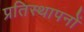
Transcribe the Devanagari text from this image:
प्रतिस्थापनों